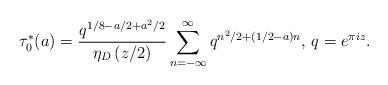
LaTeX: \begin{align*}\tau_0^{*}(a)=\frac{q^{1/8-a/2+a^2/2}}{\eta_D\left(z/2\right)}\sum^{\infty}_{n=-\infty}q^{n^2/2+(1/2-a)n}\textrm{, }q=e^{\pi i z}.\end{align*}